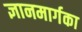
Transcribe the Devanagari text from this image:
ज्ञानमार्गका